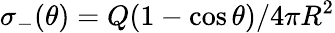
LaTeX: \sigma_{-}(\theta)=Q(1-\cos{\theta})/4\pi R^{2}